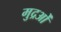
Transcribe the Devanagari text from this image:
मुद्रओं